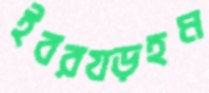
ইবরযড়হম